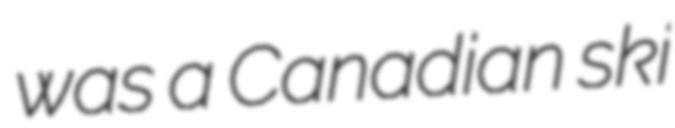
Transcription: was a Canadian ski